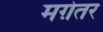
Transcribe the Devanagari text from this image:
मग़ेतर